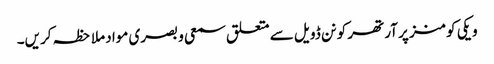
ویکی کومنز پر آرتھر کونن ڈویل سے متعلق سمعی و بصری مواد ملاحظہ کریں۔